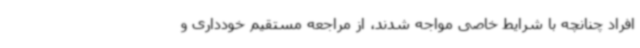
افراد چنانچه با شرایط خاصی مواجه شدند، از مراجعه مستقیم خودداری و